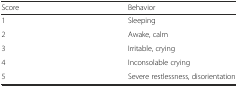
<table><thead><tr><td><b>Score</b></td><td><b>Behavior</b></td></tr></thead><tbody><tr><td>1</td><td>Sleeping</td></tr><tr><td>2</td><td>Awake, calm</td></tr><tr><td>3</td><td>Irritable, crying</td></tr><tr><td>4</td><td>Inconsolable crying</td></tr><tr><td>5</td><td>Severe restlessness, disorientation</td></tr></tbody></table>